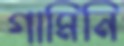
গামিনি